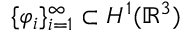
\{ \varphi _ { i } \} _ { i = 1 } ^ { \infty } \subset H ^ { 1 } ( \mathbb { R } ^ { 3 } )